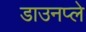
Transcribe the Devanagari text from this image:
डाउनप्ले